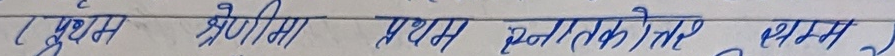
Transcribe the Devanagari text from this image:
एम श्रेणीमा प्रथम स्नातकको लागि